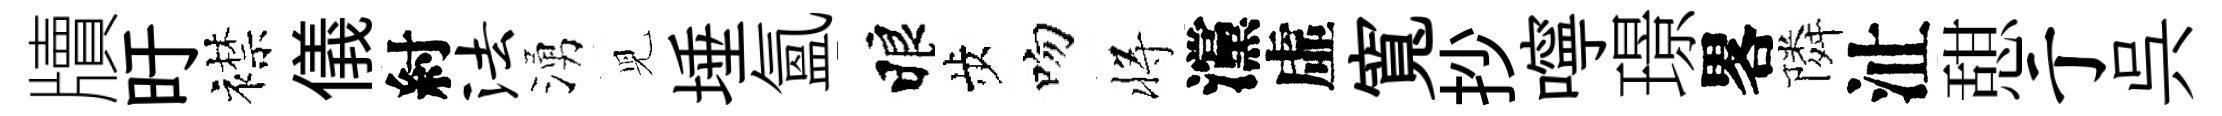
牘旴襟儀紂法湧児埵氲睱歩吻将灙虛寬抄嚀璟畧隣沚憇亍呉